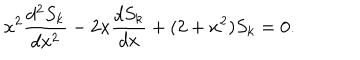
LaTeX: x ^ { 2 } \frac { d ^ { 2 } S _ { k } } { d x ^ { 2 } } - 2 x \frac { d S _ { k } } { d x } + ( 2 + x ^ { 2 } ) S _ { k } = 0 .